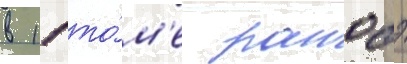
в 11 то́м'е ранобэ